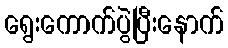
ရွေးကောက်ပွဲပြီးနောက်